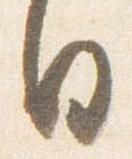
日